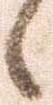
候